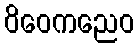
ဝိဝေကညေဝ